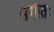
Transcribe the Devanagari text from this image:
संगीतः